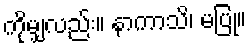
ကိုမျှလည်း။ နာကာသိ၊ မပြု။